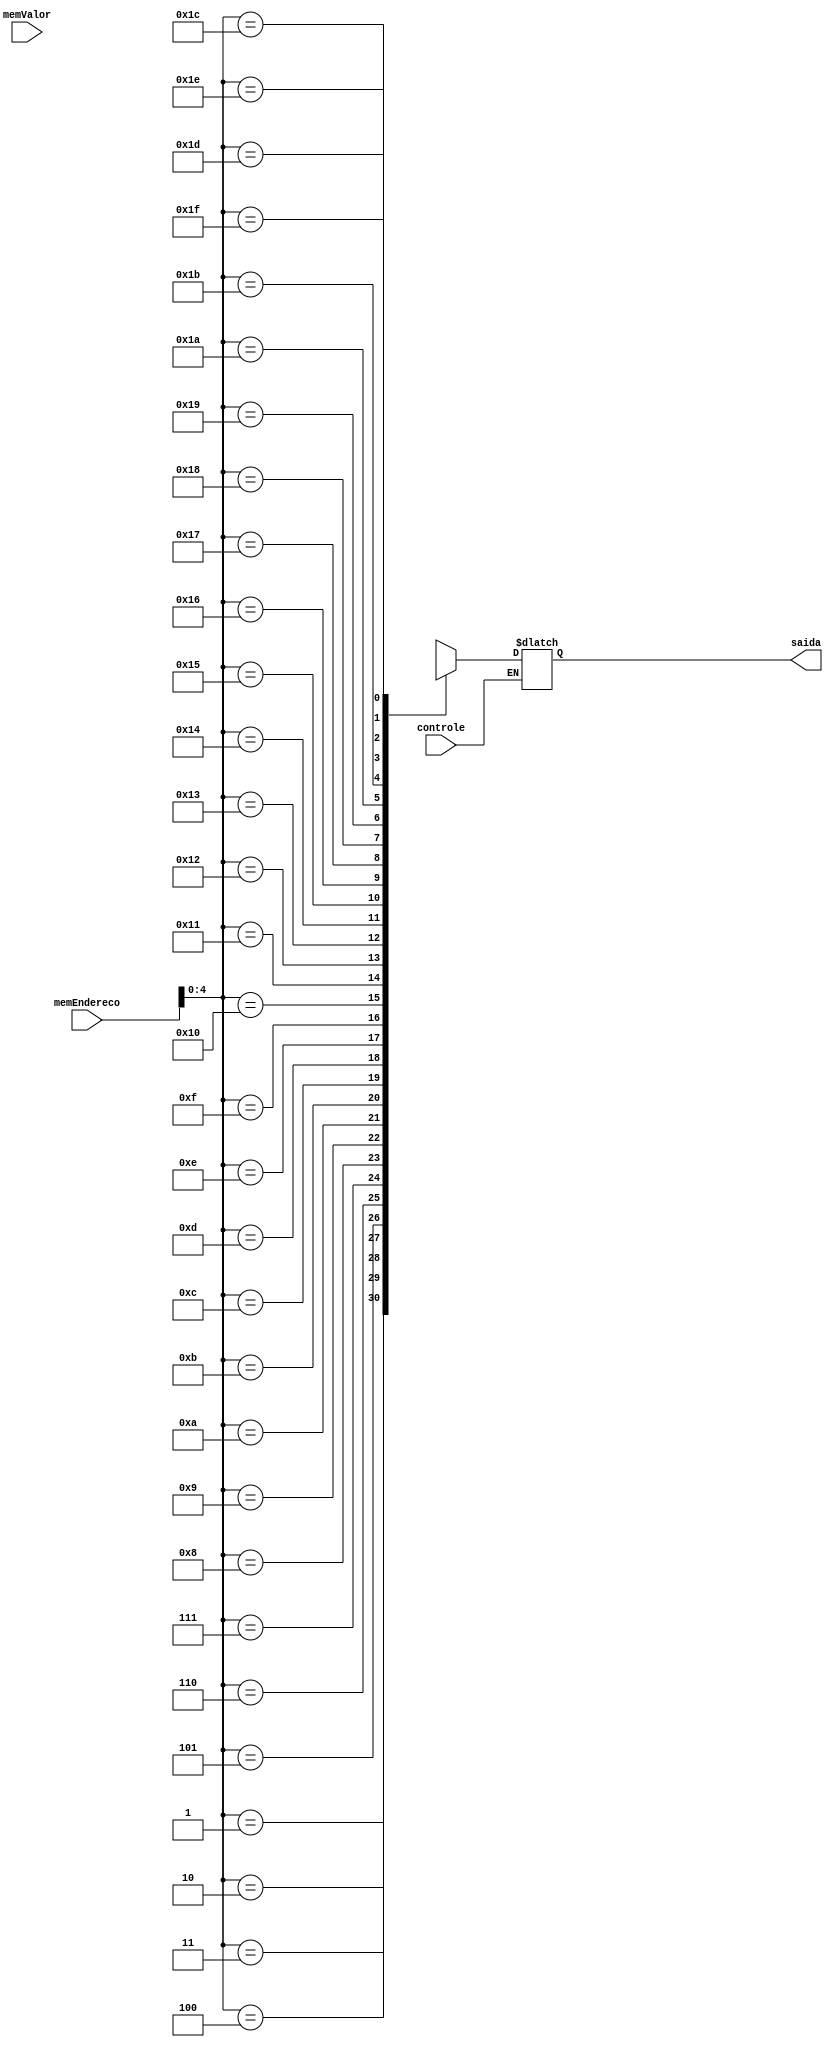
/*
 Alunos: Washington Pagotto Batista, Pedro kenndy e Ivan
 Universidade Estadual de Feira de Santana 2017.1
 TEC499 - MI - Sistemas Digitais

 Modulo: PcAdder.v
 Descrio: Modulo criado para quinto estagio da pipeline 
 Entradas:
    memEndereco,memValor: 32-bit value
    controle: bit value
	
 Saida:
    saidaAdder: saida ser um valor armazenado em na memoria, seja um escrita no gera uma saida
*/
module memoriaBloco
(
	
	input [31:0] memEndereco,
	input [31:0] memValor,
	input controle,
	output reg [31:0] saida
);
	wire [31:0] Bloco [31:0];
	
	integer i;
	initial
	begin
	    
	for(i=0; i<31;i=i+1)begin
		//Bloco[i]=i;
	end
	end

	
	
	
  always @(*) begin
		if (~controle)			
		//assign	Bloco[memEndereco] = memValor;
		
				
			saida = Bloco[memEndereco];
		
	end
 endmodule